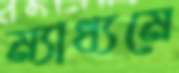
ম্যাধ্যমে